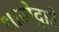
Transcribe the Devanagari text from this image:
शाखेद्वारे